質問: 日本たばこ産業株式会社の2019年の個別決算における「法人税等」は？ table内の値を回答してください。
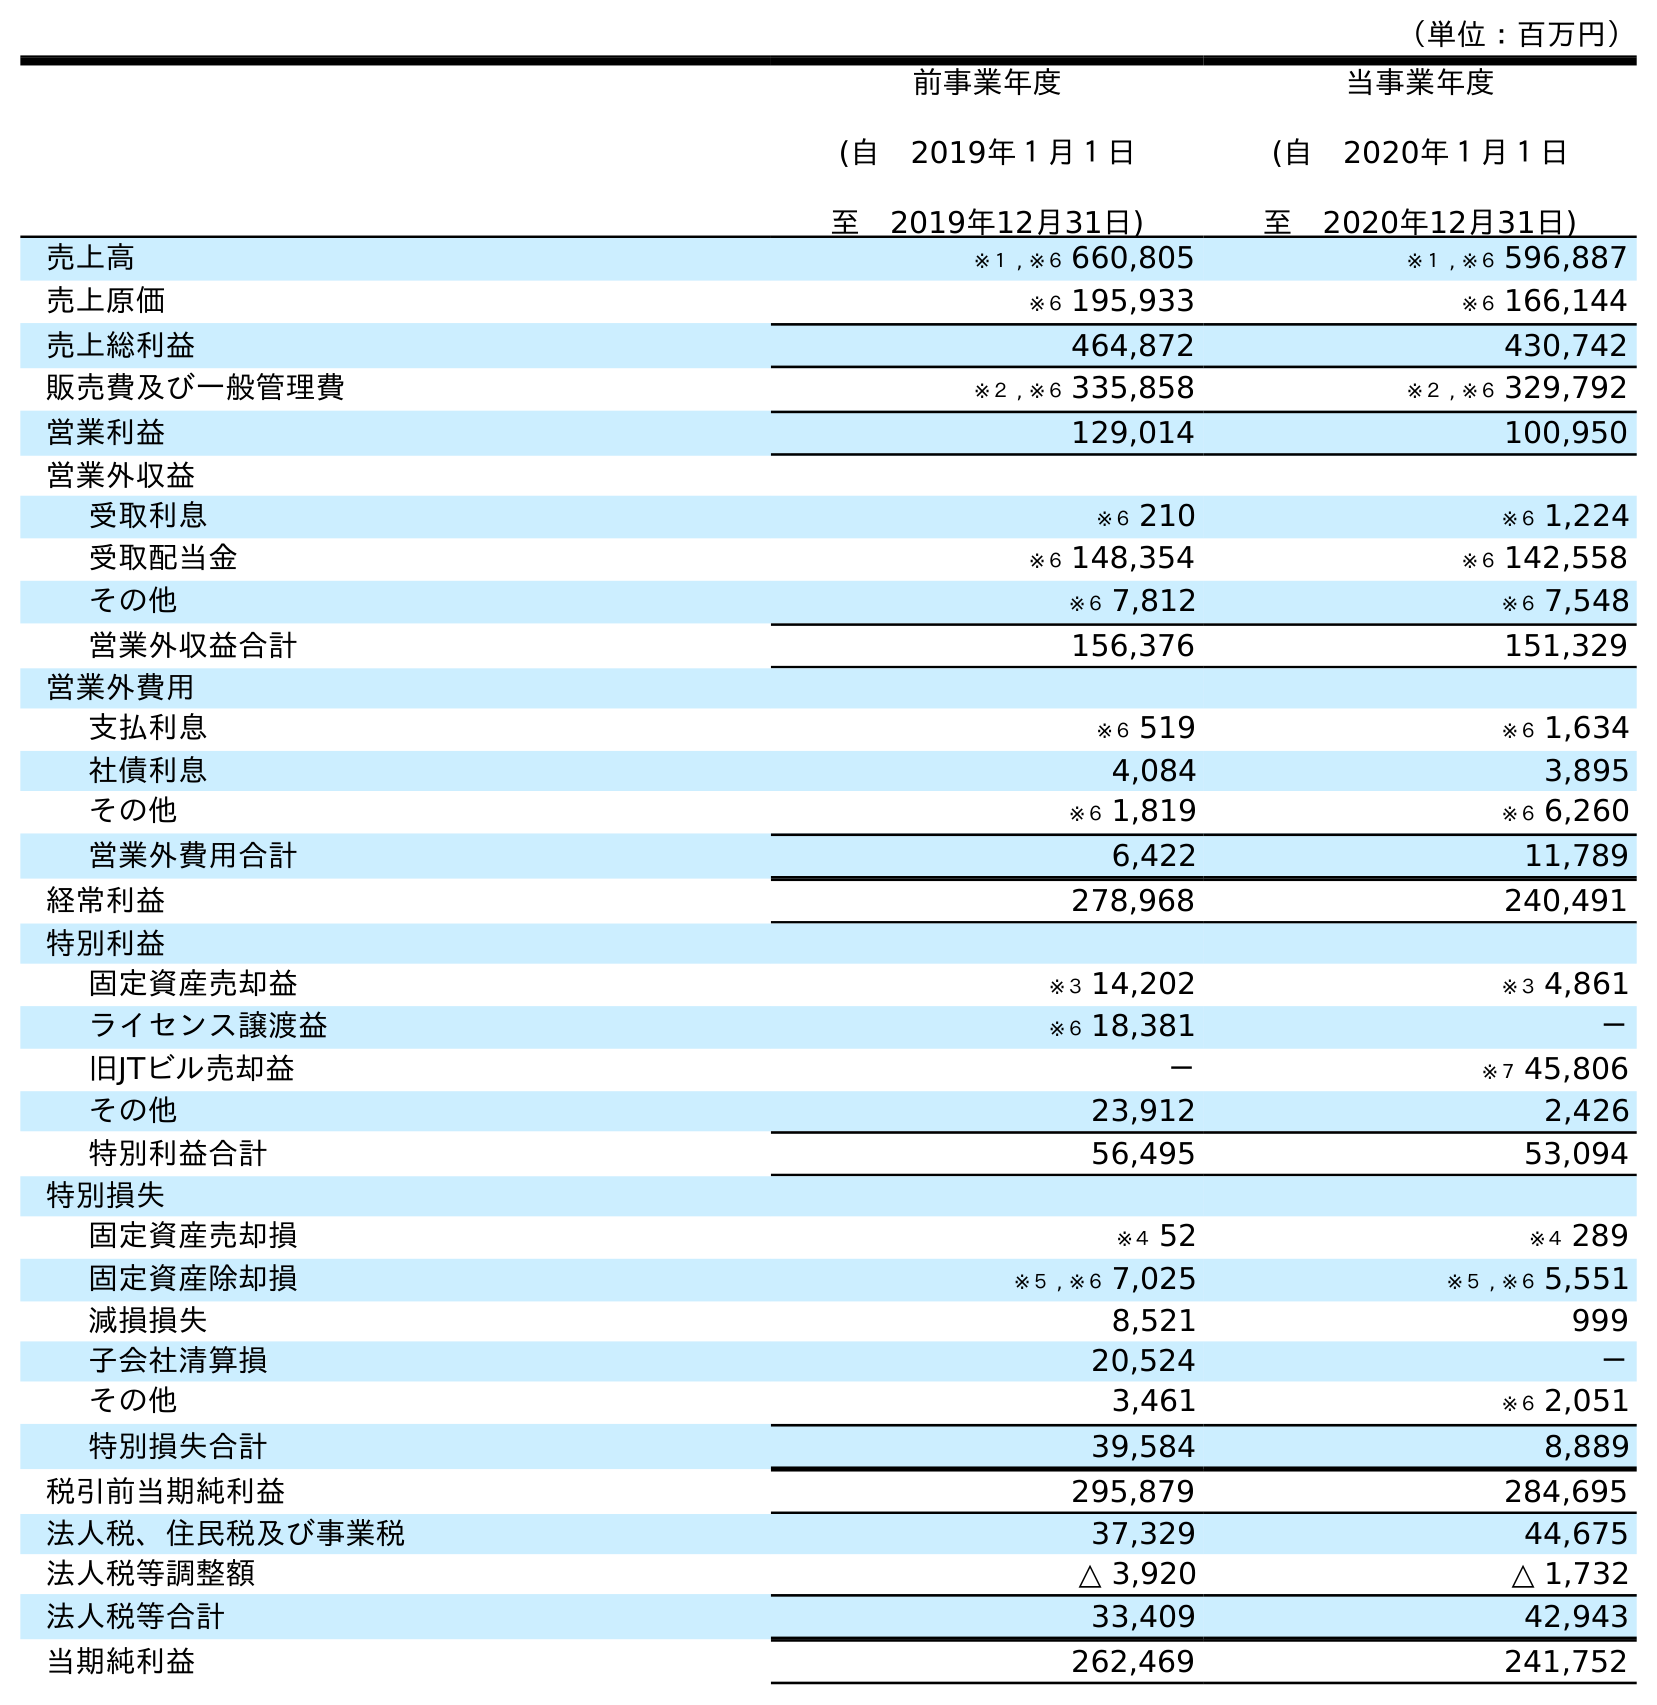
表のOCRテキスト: （単位：百万円） 前事業年度 (自 2019年１月１日 至 2019年12月31日) 当事業年度 (自 2020年１月１日 至 2020年12月31日) 売上高 ※１ , ※６ 660,805 ※１ , ※６ 596,887 売上原価 ※６ 195,933 ※６ 166,144 売上総利益 464,872 430,742 販売費及び一般管理費 ※２ , ※６ 335,858 ※２ , ※６ 329,792 営業利益 129,014 100,950 営業外収益 受取利息 ※６ 210 ※６ 1,224 受取配当金 ※６ 148,354 ※６ 142,558 その他 ※６ 7,812 ※６ 7,548 営業外収益合計 156,376 151,329 営業外費用 支払利息 ※６ 519 ※６ 1,634 社債利息 4,084 3,895 その他 ※６ 1,819 ※６ 6,260 営業外費用合計 6,422 11,789 経常利益 278,968 240,491 特別利益 固定資産売却益 ※３ 14,202 ※３ 4,861 ライセンス譲渡益 ※６ 18,381 － 旧JTビル売却益 － ※７ 45,806 その他 23,912 2,426 特別利益合計 56,495 53,094 特別損失 固定資産売却損 ※４ 52 ※４ 289 固定資産除却損 ※５ , ※６ 7,025 ※５ , ※６ 5,551 減損損失 8,521 999 子会社清算損 20,524 － その他 3,461 ※６ 2,051 特別損失合計 39,584 8,889 税引前当期純利益 295,879 284,695 法人税、住民税及び事業税 37,329 44,675 法人税等調整額 △ 3,920 △ 1,732 法人税等合計 33,409 42,943 当期純利益 262,469 241,752
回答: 33,409